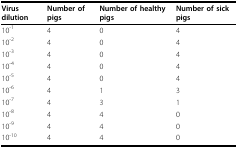
| Virus dilution | Number of pigs | Number of healthy pigs | Number of sick pigs |
 | --- | --- | --- | --- |
 | 10-1 | 4 | 0 | 4 |
 | 10-2 | 4 | 0 | 4 |
 | 10-3 | 4 | 0 | 4 |
 | 10-4 | 4 | 0 | 4 |
 | 10-5 | 4 | 0 | 4 |
 | 10-6 | 4 | 1 | 3 |
 | 10-7 | 4 | 3 | 1 |
 | 10-8 | 4 | 4 | 0 |
 | 10-9 | 4 | 4 | 0 |
 | 10-10 | 4 | 4 | 0 |